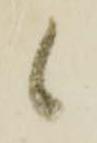
候